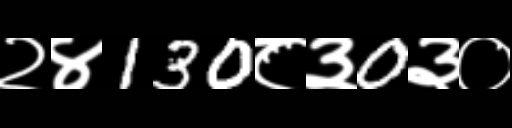
Text: २४130८३0३०